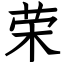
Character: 荣